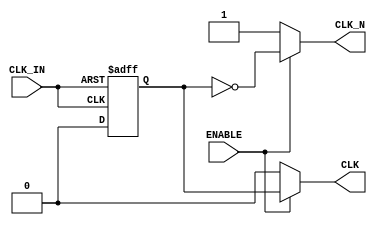
module differential_clock_buffer (
    input wire CLK_IN,      // Single-ended clock input
    input wire ENABLE,      // Enable signal to control the buffer
    output reg CLK,         // Positive clock output
    output reg CLK_N        // Negative clock output
);

    // Parameters for simulation purposes
    parameter RISE_TIME = 1; // Rise time in time units
    parameter FALL_TIME = 1;  // Fall time in time units

    // Internal signal for cleaned-up clock
    reg cleaned_clk;

    // Schmitt trigger-like behavior for input stage
    always @(posedge CLK_IN or negedge CLK_IN) begin
        if (CLK_IN) begin
            cleaned_clk <= 1'b1;
        end else begin
            cleaned_clk <= 1'b0;
        end
    end

    // Buffer stage to generate complementary outputs
    always @(cleaned_clk or ENABLE) begin
        if (ENABLE) begin
            // Generate CLK and CLK_N with minimal skew
            CLK <= #RISE_TIME cleaned_clk;      // Positive output
            CLK_N <= #FALL_TIME ~cleaned_clk;   // Negative output
        end else begin
            // If disabled, drive outputs low
            CLK <= 1'b0;
            CLK_N <= 1'b1;
        end
    end

endmodule